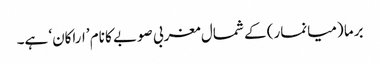
برما (میانمار) کے شمال مغربی صوبے کا نام ’اراکان‘ ہے۔